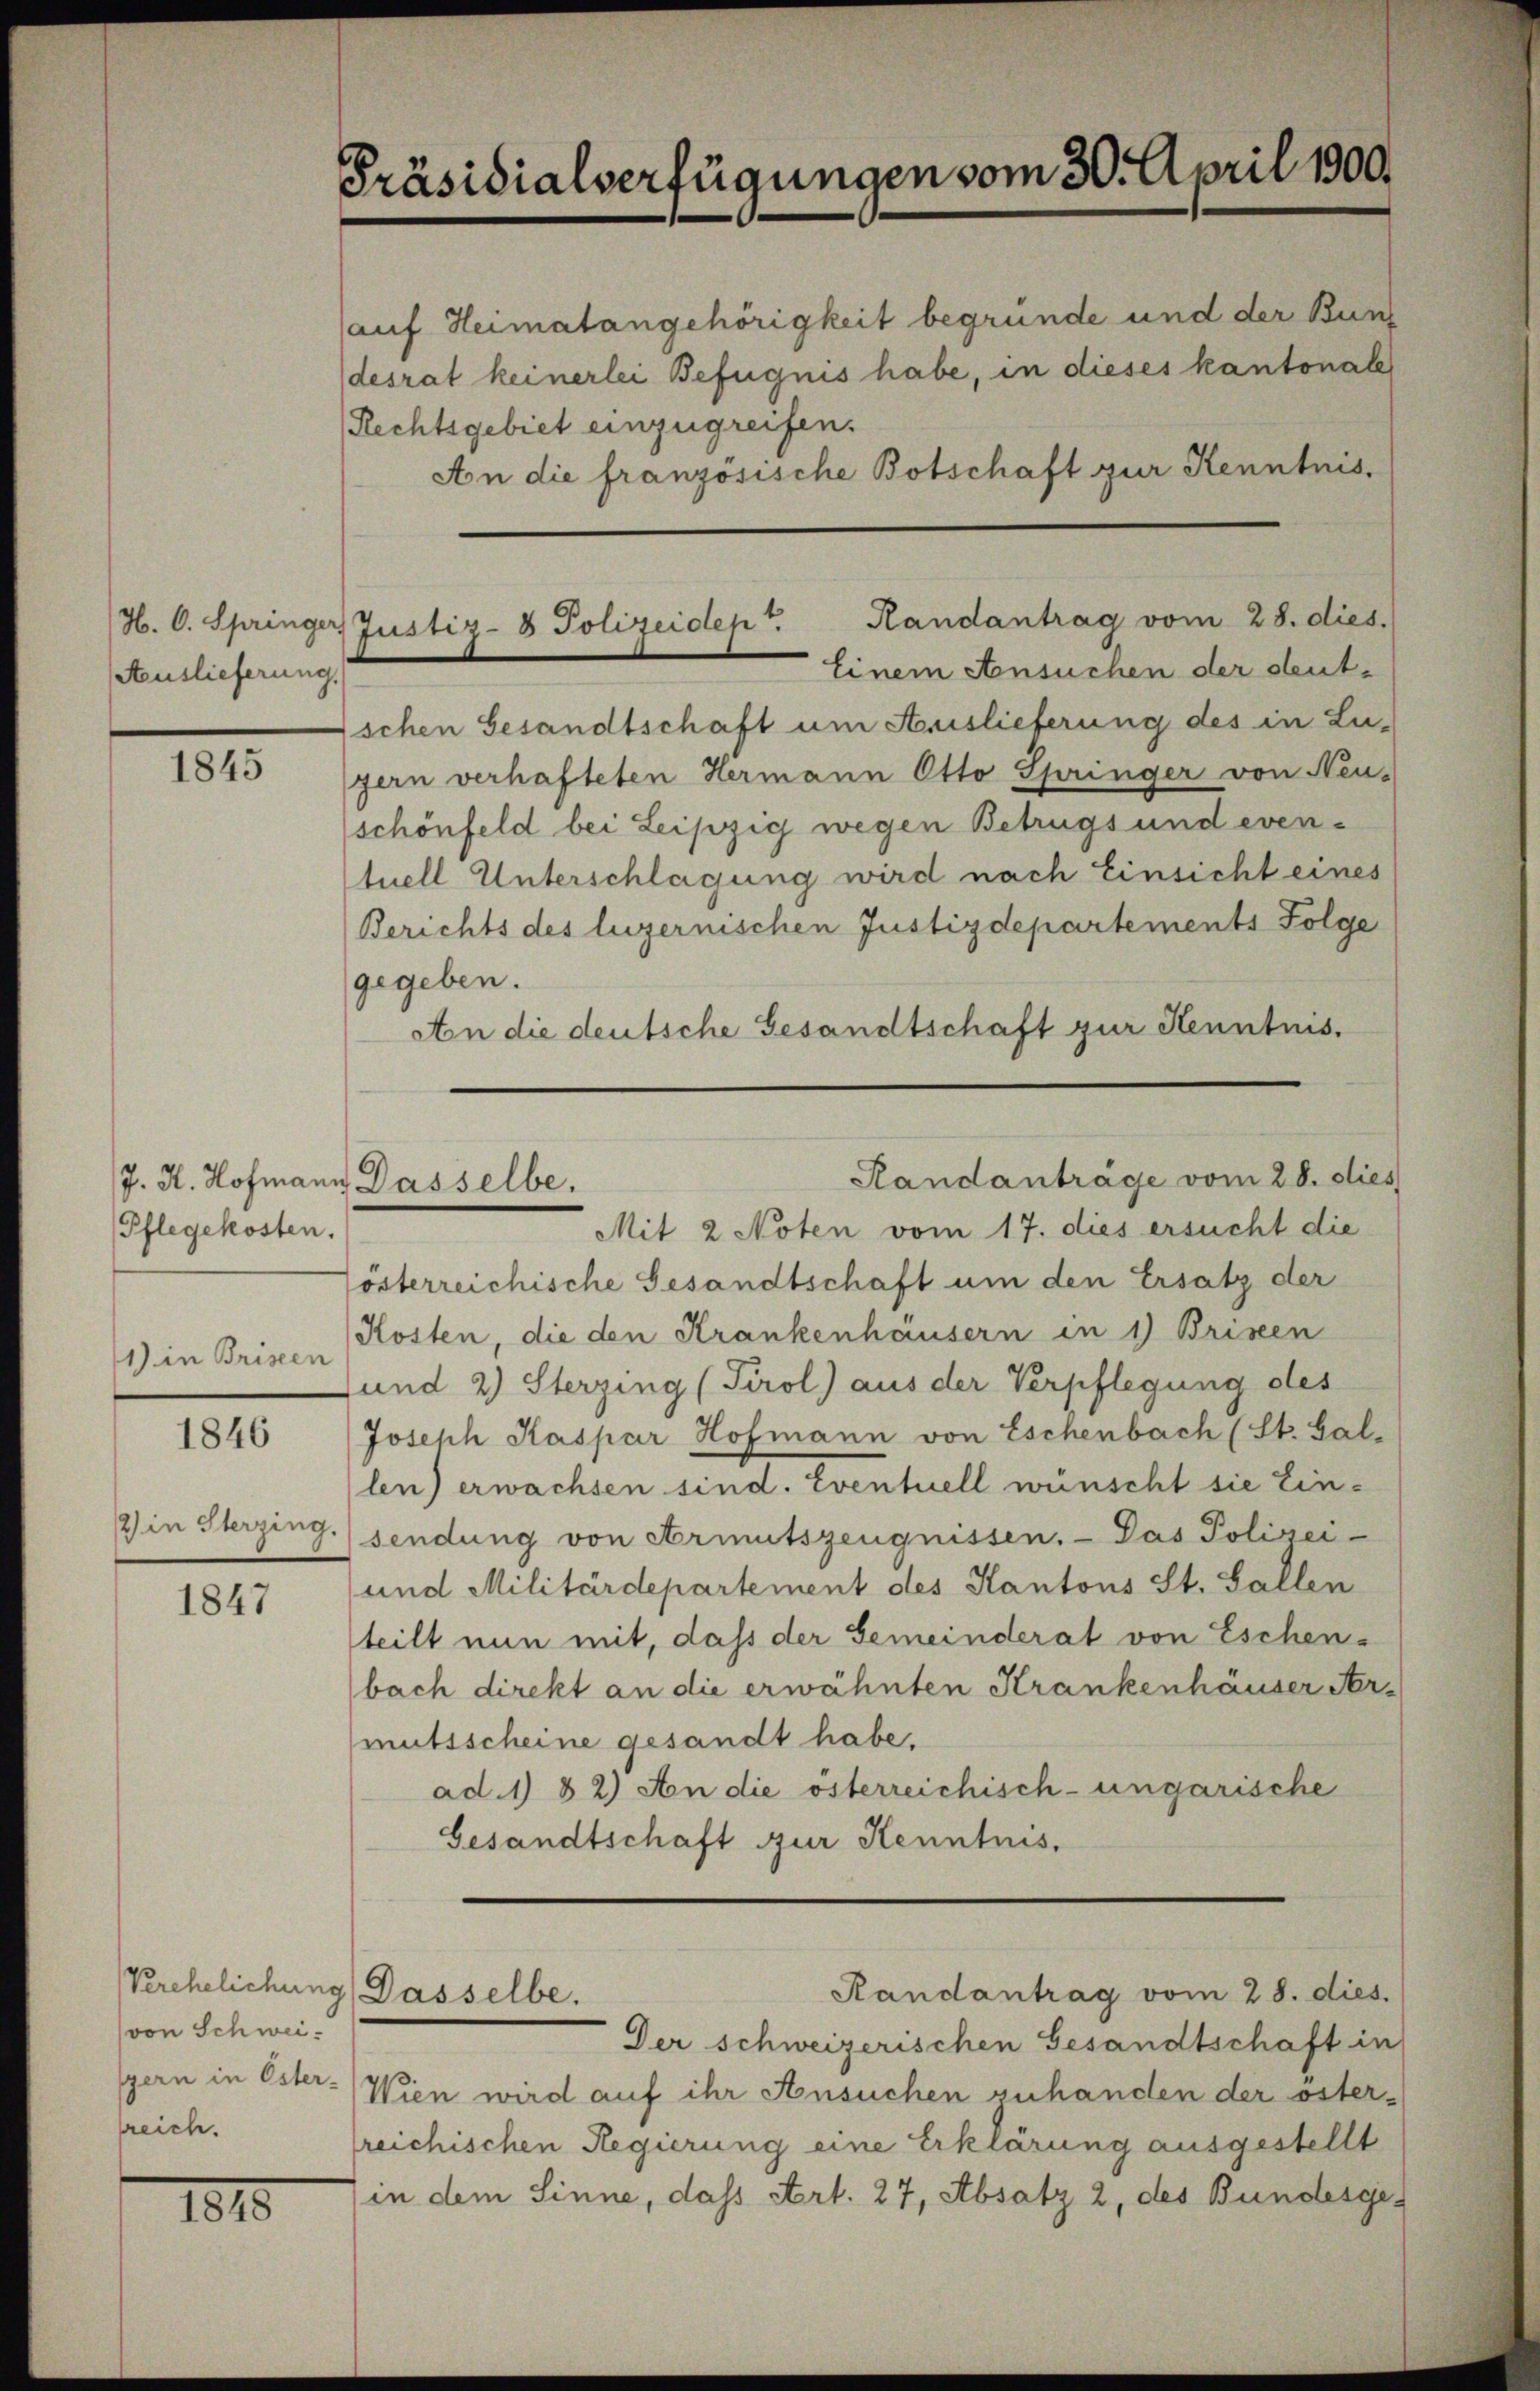
Auslieferung.

1845

Pflegekosten.
1) in Briseen

1846

2 in Sterzing.

1847

J. K. Hofmann Dasselbe.

von Schweispern in Öster-
sreich.

1815

Präsidialverfügungen vom 30. April 1900.

auf Heimatangehörigkeit begründe und der Bunz
desrat keinerlei Befugnis habe, in dieses kantonale
(Rechtsgebiet einzugreifen.
An die französische Botschaft zur Kenntnis,
Einem Ansuchen der deut¬
Eschen Gesandtschaft um Auslieferung des in Lu-
gern verhafteten Hermann Otto Springer von Neu-
schönfeld bei Leipzig wegen Betrugs und eventuell Unterschlagung wird nach Einsicht eines
Berichts des luzernischen Justizdepartements Folge
gegeben.
An die deutsche Gesandtschaft zur Kenntnis.
Mit 2 Noten vom 17. dies ersucht die
lösterreichische Gesandtschaft um den Ersatz der
Kosten, die den Krankenhäusern in 1) Briseen
Jund 2) Sterzing (Tirol) aus der Verpflegung des
Joseph Kaspar Hofmann von Eschenbach (St. Gal-
len) erwachsen sind. Eventuell wünscht sie Einsendung von Armutszeugnissen. - Das Polizei-
und Militärdepartement des Kantons St. Gallen
teilt nun mit, dass der Gemeinderat von Eschenbach direkt an die erwähnten Krankenhäuser Sermutsscheine gesandt habe.
ad. 1 & 2) An die österreichisch-ungarische
Gesandtschaft zur Kenntnis.
Verehelichung  Dasselbe.
Randantrag vom 28. dies.
Der schweizerischen Gesandtschaft in
Wien wird auf ihr Ansuchen zuhanden der öster-
reichischen Regierung eine Erklärung ausgestellt
in dem Sinne, dass Art. 27, Absatz 2, des Bundesge¬

H. C. Springer, Justiz- & Polizeidept. Handantrag vom 28. dies.

Randanträge vom 28. dies